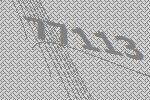
77113